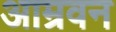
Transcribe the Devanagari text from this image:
आम्रवन